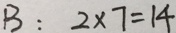
B : 2 \times 7 = 1 4